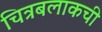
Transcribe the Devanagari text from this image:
चित्रबलाकची